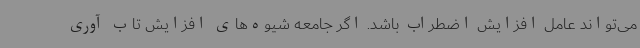
می‌تواند عامل افزایش اضطراب باشد. اگر جامعه شیوه‌های افزایش تاب آوری